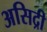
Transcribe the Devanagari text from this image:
असिद्री